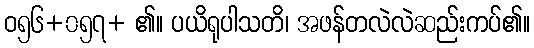
ဝ၅၆+၀၅၇+ ၏။ ပယိရုပါသတိ၊ အဖန်တလဲလဲဆည်းကပ်၏။